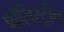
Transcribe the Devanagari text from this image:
पॉलिस्ट्रीन